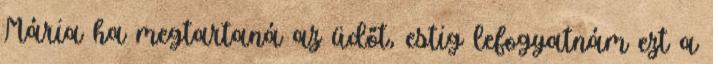
Mária ha megtartaná az üdőt, estig lefogyatnám ezt a